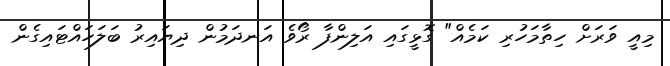
މިއީ ވަރަށް ހިތާމަހުރި ކަމެއް" ގޮޅީގައި އަލިންފާ ރޯވެ އަނދަމުން ދިޔައިރު ބަލަހައްޓައިގެން